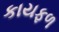
કાયફળ